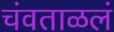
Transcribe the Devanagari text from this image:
चंवताळलं